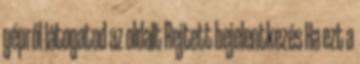
gépről látogatod az oldalt Rejtett bejelentkezés Ha ezt a